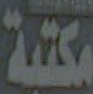
مكتبة